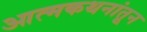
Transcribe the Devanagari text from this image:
आत्मकथनांतून